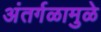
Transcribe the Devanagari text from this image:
अंतर्गळामुळे